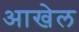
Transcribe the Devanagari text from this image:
आखेल